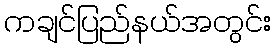
ကချင်ပြည်နယ်အတွင်း